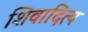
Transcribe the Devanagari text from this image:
शिवादित्य